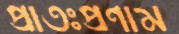
প্রাতঃপ্রণাম